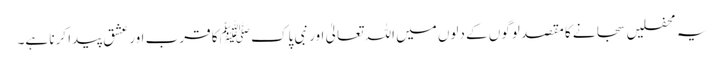
یہ محفلیں سجانے کا مقصد لوگوں کے دلوں میں اللہ تعالیٰ اور نبی پاک ﷺ کا قرب اور عشق پیدا کرنا ہے۔